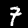
Digit: 7